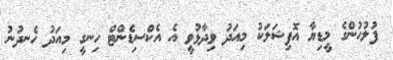
ފުލުހުންގެ މީޑިޔާ އޮފިޝަލަކު މިއަދު ވިދާޅުވީ އެ އެކްސިޑެންޓް ހިނގީ މިއަދު ހެނދުނު